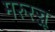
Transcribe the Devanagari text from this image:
मरुरज्जू